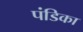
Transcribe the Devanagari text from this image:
पंडिका